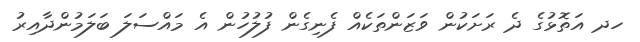
ހދ އަތޮޅުގެ ދެ ރަށަކުން ވަޒަންތަކެއް ފެނިގެން ފުލުހުން އެ މައްސަލަ ބަލަމުންދާއިރު